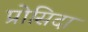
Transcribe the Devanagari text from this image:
प्रोसिदा